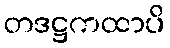
တဒဋ္ဌကထာပိ